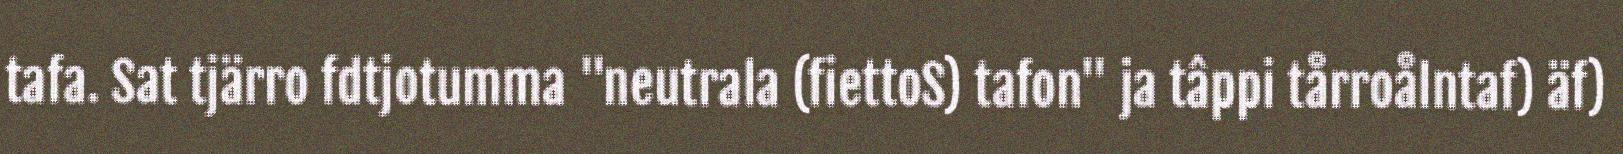
tafa. Sat tjärro fdtjotumma "neutrala (fiettoS) tafon" ja tâppi tårroålntaf) äf)